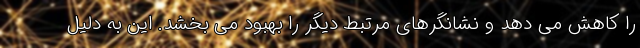
را کاهش می دهد و نشانگرهای مرتبط دیگر را بهبود می بخشد. این به دلیل